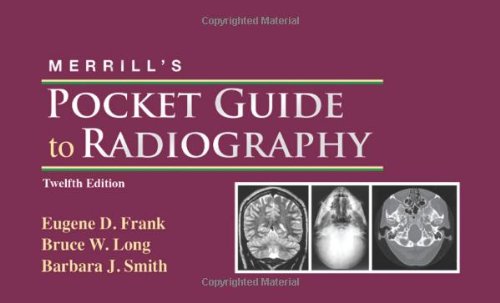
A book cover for Merrill's Pocket Guide to Radiography, 12e; Eugene D. Frank MA  RT(R)  FASRT  FAEIRS; Medical Books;